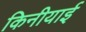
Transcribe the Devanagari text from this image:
किनीयाई